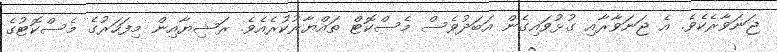
ޖަނަވާރެކެވެ. އެ ޖަނަވާރާއި ގުޅުވައިގެން އަބަދުވެސް މެސްކޮޓް ތައްޔާރުކުރެއެވެ. ރަޝިޔާއިން މިފަހަރުގެ މެސްކޮޓުގެ